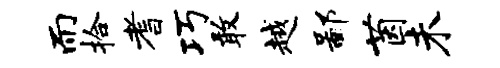
而拾耆巧敢越鄙茵未